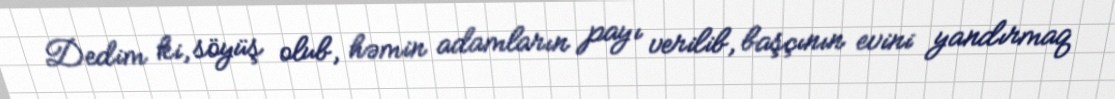
Dedim ki, söyüş olub, həmin adamların payı verilib, başçının evini yandırmaq